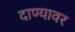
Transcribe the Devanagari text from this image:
दाण्यावर